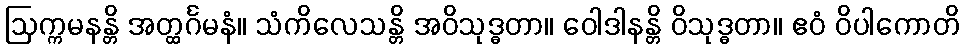
ဩက္ကမနန္တိ အတ္ထင်္ဂမနံ။ သံကိလေသန္တိ အဝိသုဒ္ဓတာ။ ဝေါဒါနန္တိ ဝိသုဒ္ဓတာ။ ဧဝံ ဝိပါကောတိ